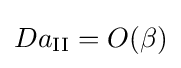
Da_{\mathrm {II} }=O(\beta )